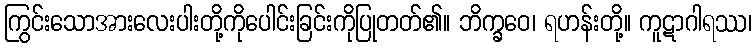
ကြွင်းသောအားလေးပါးတို့ကိုပေါင်းခြင်းကိုပြုတတ်၏။ ဘိက္ခဝေ၊ ရဟန်းတို့။ ကူဋာဂါရဿ၊